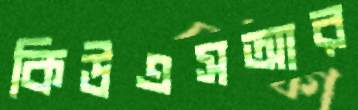
কিউএসআর